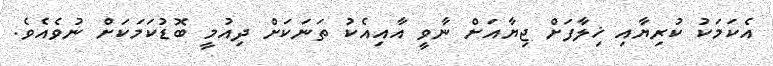
އެކަމަކު ކުރިޔާއި ޚިލާފަށް ޖިޔާއަށް ނާވީ އާއިއެކު ތަނަކަށް ދިއުމީ ބޮޑުކަމަކަށް ނުވެއެވެ.